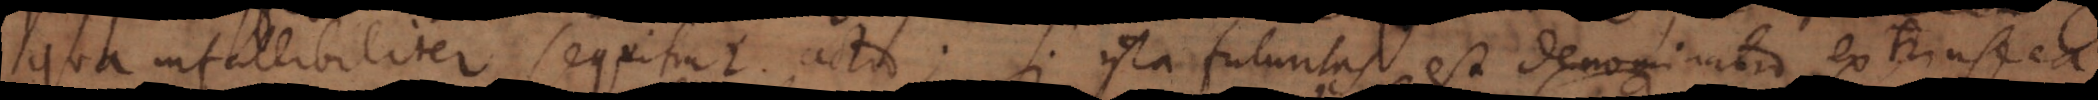
qua infallibiliter sequitur actio; si ista futuritas est denominatio extrinseca,